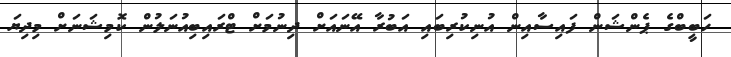
ހަބީބްގެ ޕެންޝަން ފައިސާއިން އުނިކުރިބައި އަބުރާ އޭނައަށް ދިނުމަށް ޓްރައިބިއުނަލުން ކޮމިޝަނަށް މިދިޔަ